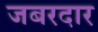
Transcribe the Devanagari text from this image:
जबरदार